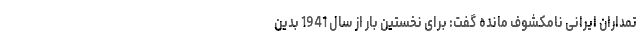
تمداران ایرانی نامکشوف مانده گفت: برای نخستین بار از سال 1941 بدین